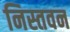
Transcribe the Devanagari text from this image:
निस्तवन